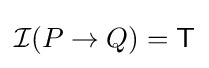
{\mathcal {I}}(P\to Q)={\mathsf {T}}